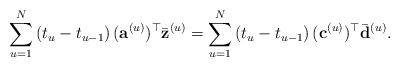
LaTeX: \begin{align*}{}\sum_{u=1}^{N}\left (t_{u}-t_{u-1}\right )({\bf a}^{(u)})^{\top}\bar{{\bf z}}^{(u)}=\sum_{u=1}^{N}\left (t_{u}-t_{u-1}\right )({\bf c}^{(u)})^{\top}\bar{{\bf d}}^{(u)}.\end{align*}